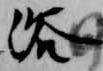
浴